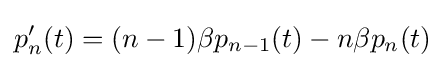
p_{n}'(t)=(n-1)\beta p_{n-1}(t)-n\beta p_{n}(t)